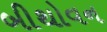
બીથોવન